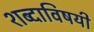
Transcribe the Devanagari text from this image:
शब्दाविषयी